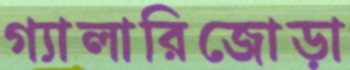
গ্যালারিজোড়া